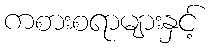
ကစားစရာများနှင့်